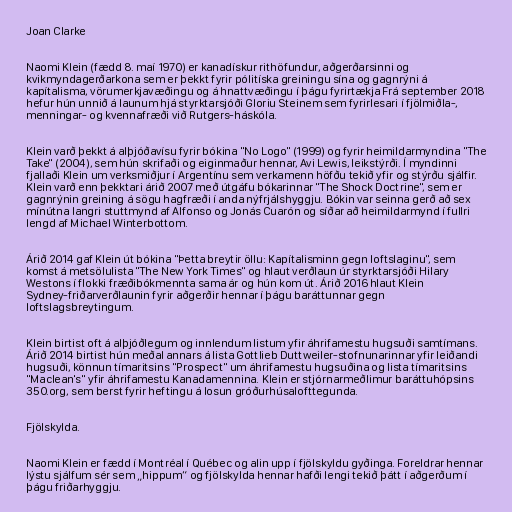
Joan Clarke

Naomi Klein (fædd 8. maí 1970) er kanadískur rithöfundur, aðgerðarsinni og
kvikmyndagerðarkona sem er þekkt fyrir pólitíska greiningu sína og gagnrýni á
kapítalisma, vörumerkjavæðingu og á hnattvæðingu í þágu fyrirtækja Frá september 2018
hefur hún unnið á launum hjá styrktarsjóði Gloriu Steinem sem fyrirlesari í fjölmiðla-,
menningar- og kvennafræði við Rutgers-háskóla.

Klein varð þekkt á alþjóðavísu fyrir bókina "No Logo" (1999) og fyrir heimildarmyndina "The
Take" (2004), sem hún skrifaði og eiginmaður hennar, Avi Lewis, leikstýrði. Í myndinni
fjallaði Klein um verksmiðjur í Argentínu sem verkamenn höfðu tekið yfir og stýrðu sjálfir.
Klein varð enn þekktari árið 2007 með útgáfu bókarinnar "The Shock Doctrine", sem er
gagnrýnin greining á sögu hagfræði í anda nýfrjálshyggju. Bókin var seinna gerð að sex
mínútna langri stuttmynd af Alfonso og Jonás Cuarón og síðar að heimildarmynd í fullri
lengd af Michael Winterbottom.

Árið 2014 gaf Klein út bókina "Þetta breytir öllu: Kapítalisminn gegn loftslaginu", sem
komst á metsölulista "The New York Times" og hlaut verðlaun úr styrktarsjóði Hilary
Westons í flokki fræðibókmennta sama ár og hún kom út. Árið 2016 hlaut Klein
Sydney-friðarverðlaunin fyrir aðgerðir hennar í þágu baráttunnar gegn
loftslagsbreytingum.

Klein birtist oft á alþjóðlegum og innlendum listum yfir áhrifamestu hugsuði samtímans.
Árið 2014 birtist hún meðal annars á lista Gottlieb Duttweiler-stofnunarinnar yfir leiðandi
hugsuði, könnun tímaritsins "Prospect" um áhrifamestu hugsuðina og lista tímaritsins
"Maclean's" yfir áhrifamestu Kanadamennina. Klein er stjórnarmeðlimur baráttuhópsins
350.org, sem berst fyrir heftingu á losun gróðurhúsalofttegunda.

Fjölskylda.

Naomi Klein er fædd í Montréal í Québec og alin upp í fjölskyldu gyðinga. Foreldrar hennar
lýstu sjálfum sér sem „hippum“ og fjölskylda hennar hafði lengi tekið þátt í aðgerðum í
þágu friðarhyggju.